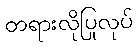
တရားလိုပြုလုပ်